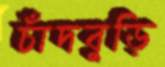
চাঁদবুড়ি